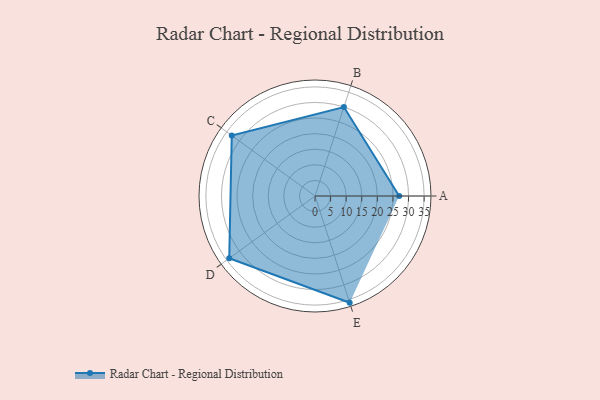
{"axis": {"x": "Skill", "y": "Score"}, "legend": ["Profile"], "data": [{"x": "A", "y": 27.0, "type": "Profile"}, {"x": "B", "y": 30.0, "type": "Profile"}, {"x": "C", "y": 33.0, "type": "Profile"}, {"x": "D", "y": 34.0, "type": "Profile"}, {"x": "E", "y": 36.0, "type": "Profile"}]}